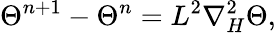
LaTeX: \Theta^{n+1}-\Theta^{n}=L^{2}\nabla_{H}^{2}\Theta,